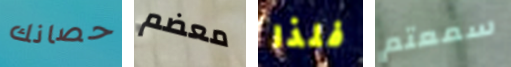
حصانك معضم فلذا سمعتم